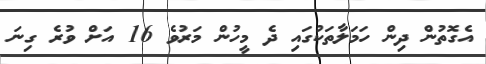
އެގޮތުން ދިން ހަމަލާތަކުގައި ދެ މީހުން މަރުވެ 16 އަށް ވުރެ ގިނަ